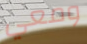
ومعي